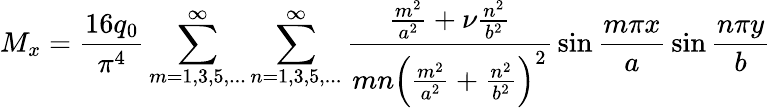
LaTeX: M_{x}={\frac{16q_{0}}{\pi^{4}}}\sum_{m=1,3,5,...}^{\infty}\sum_{n=1,3,5,...}^{\infty}{\frac{{\frac{m^{2}}{a^{2}}}+\nu{\frac{n^{2}}{b^{2}}}}{mn\left({\frac{m^{2}}{a^{2}}}+{\frac{n^{2}}{b^{2}}}\right)^{2}}}\sin{\frac{m\pi x}{a}}\sin{\frac{n\pi y}{b}}